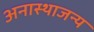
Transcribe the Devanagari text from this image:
अनास्थाजन्य